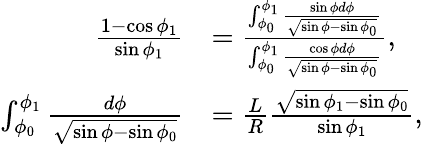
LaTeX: \begin{array}{rl}{\frac{1-\cos\phi_{1}}{\sin\phi_{1}}}&{=\frac{\int_{\phi_{0}}^{\phi_{1}}\frac{\sin\phi d\phi}{\sqrt{\sin\phi-\sin\phi_{0}}}}{\int_{\phi_{0}}^{\phi_{1}}\frac{\cos\phi d\phi}{\sqrt{\sin\phi-\sin\phi_{0}}}},}\\ {\int_{\phi_{0}}^{\phi_{1}}\frac{d\phi}{\sqrt{\sin\phi-\sin\phi_{0}}}}&{=\frac{L}{R}\frac{\sqrt{\sin\phi_{1}-\sin\phi_{0}}}{\sin\phi_{1}},}\end{array}